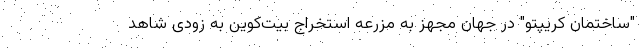
"ساختمان کریپتو" در جهان مجهز به مزرعه استخراج بیت‌کوین به زودی شاهد